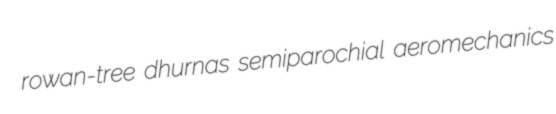
rowan-tree dhurnas semiparochial aeromechanics